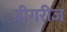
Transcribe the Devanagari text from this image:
ग्रीगरीज